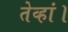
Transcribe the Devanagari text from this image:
तेव्हां।